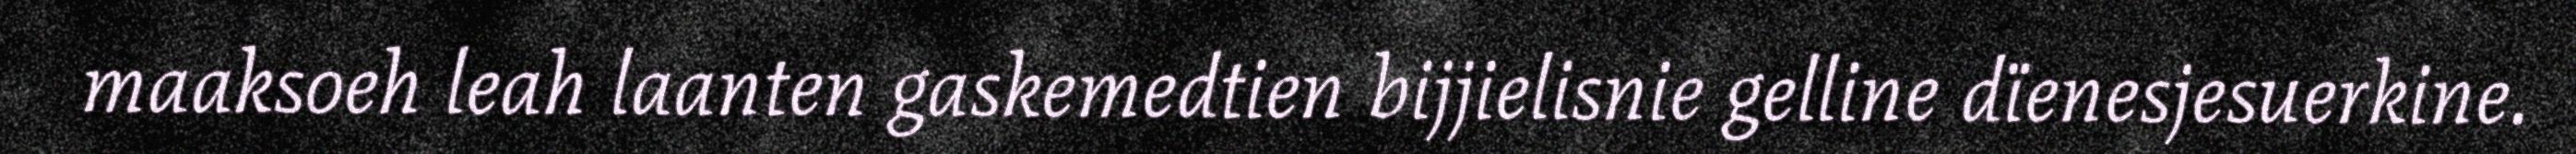
maaksoeh leah laanten gaskemedtien bijjielisnie gelline dïenesjesuerkine.